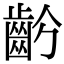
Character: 𪗣